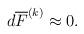
LaTeX: \begin{align*}d\overline{F}^{(k)} \approx 0.\end{align*}